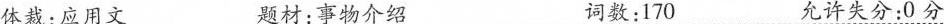
体裁:应用文 题材:事物介绍. 词数:170 允许失分:0分